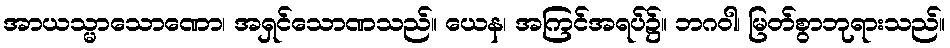
အာယသ္မာသောဏော၊ အရှင်သောဏသည်။ ယေန၊ အကြင်အရပ်၌။ ဘဂဝါ၊ မြတ်စွာဘုရားသည်။